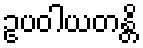
ဥပဝါယတန္တိ